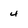
Character: 4